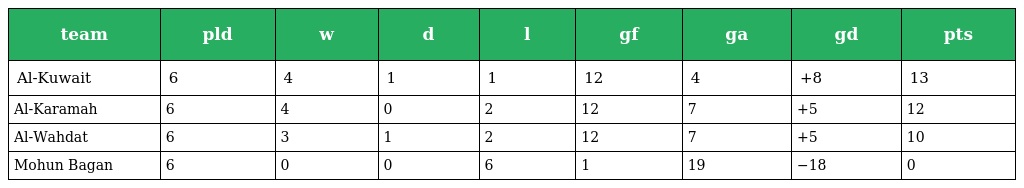
| team | pld | w | d | l | gf | ga | gd | pts |
 | --- | --- | --- | --- | --- | --- | --- | --- | --- |
 | Al-Kuwait | 6 | 4 | 1 | 1 | 12 | 4 | +8 | 13 |
 | Al-Karamah | 6 | 4 | 0 | 2 | 12 | 7 | +5 | 12 |
 | Al-Wahdat | 6 | 3 | 1 | 2 | 12 | 7 | +5 | 10 |
 | Mohun Bagan | 6 | 0 | 0 | 6 | 1 | 19 | −18 | 0 |